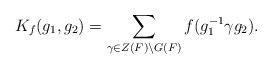
LaTeX: \begin{align*}K_f(g_1,g_2) = \sum_{\gamma\in Z(F)\setminus G(F)} f(g_1^{-1}\gamma g_2). \end{align*}